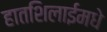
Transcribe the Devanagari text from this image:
हातशिलाईमधे